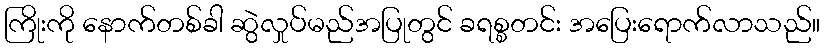
ကြိုးကို နောက်တစ်ခါ ဆွဲလှုပ်မည်အပြုတွင် ခရစ္စတင်း အပြေးရောက်လာသည်။